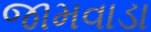
જામવાડા